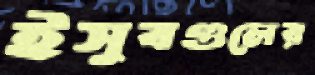
ইসুবগুলের